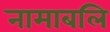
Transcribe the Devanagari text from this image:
नामाबलि